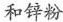
和锌粉